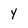
Character: Y